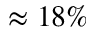
\approx 1 8 \%